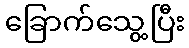
ခြောက်သွေ့ပြီး